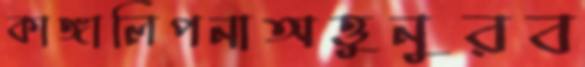
কাঙ্গালিপনাঅত্তুনুরব